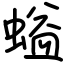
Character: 螠